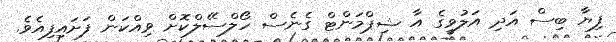
ފިޔާ ބިސް އަދި އަލުވީގެ އާ ޝިޕްމަންޓް ގެނެސް ހޯލްސޭލްކޮށް ވިއްކަން ފަށައިފިއެވެ.